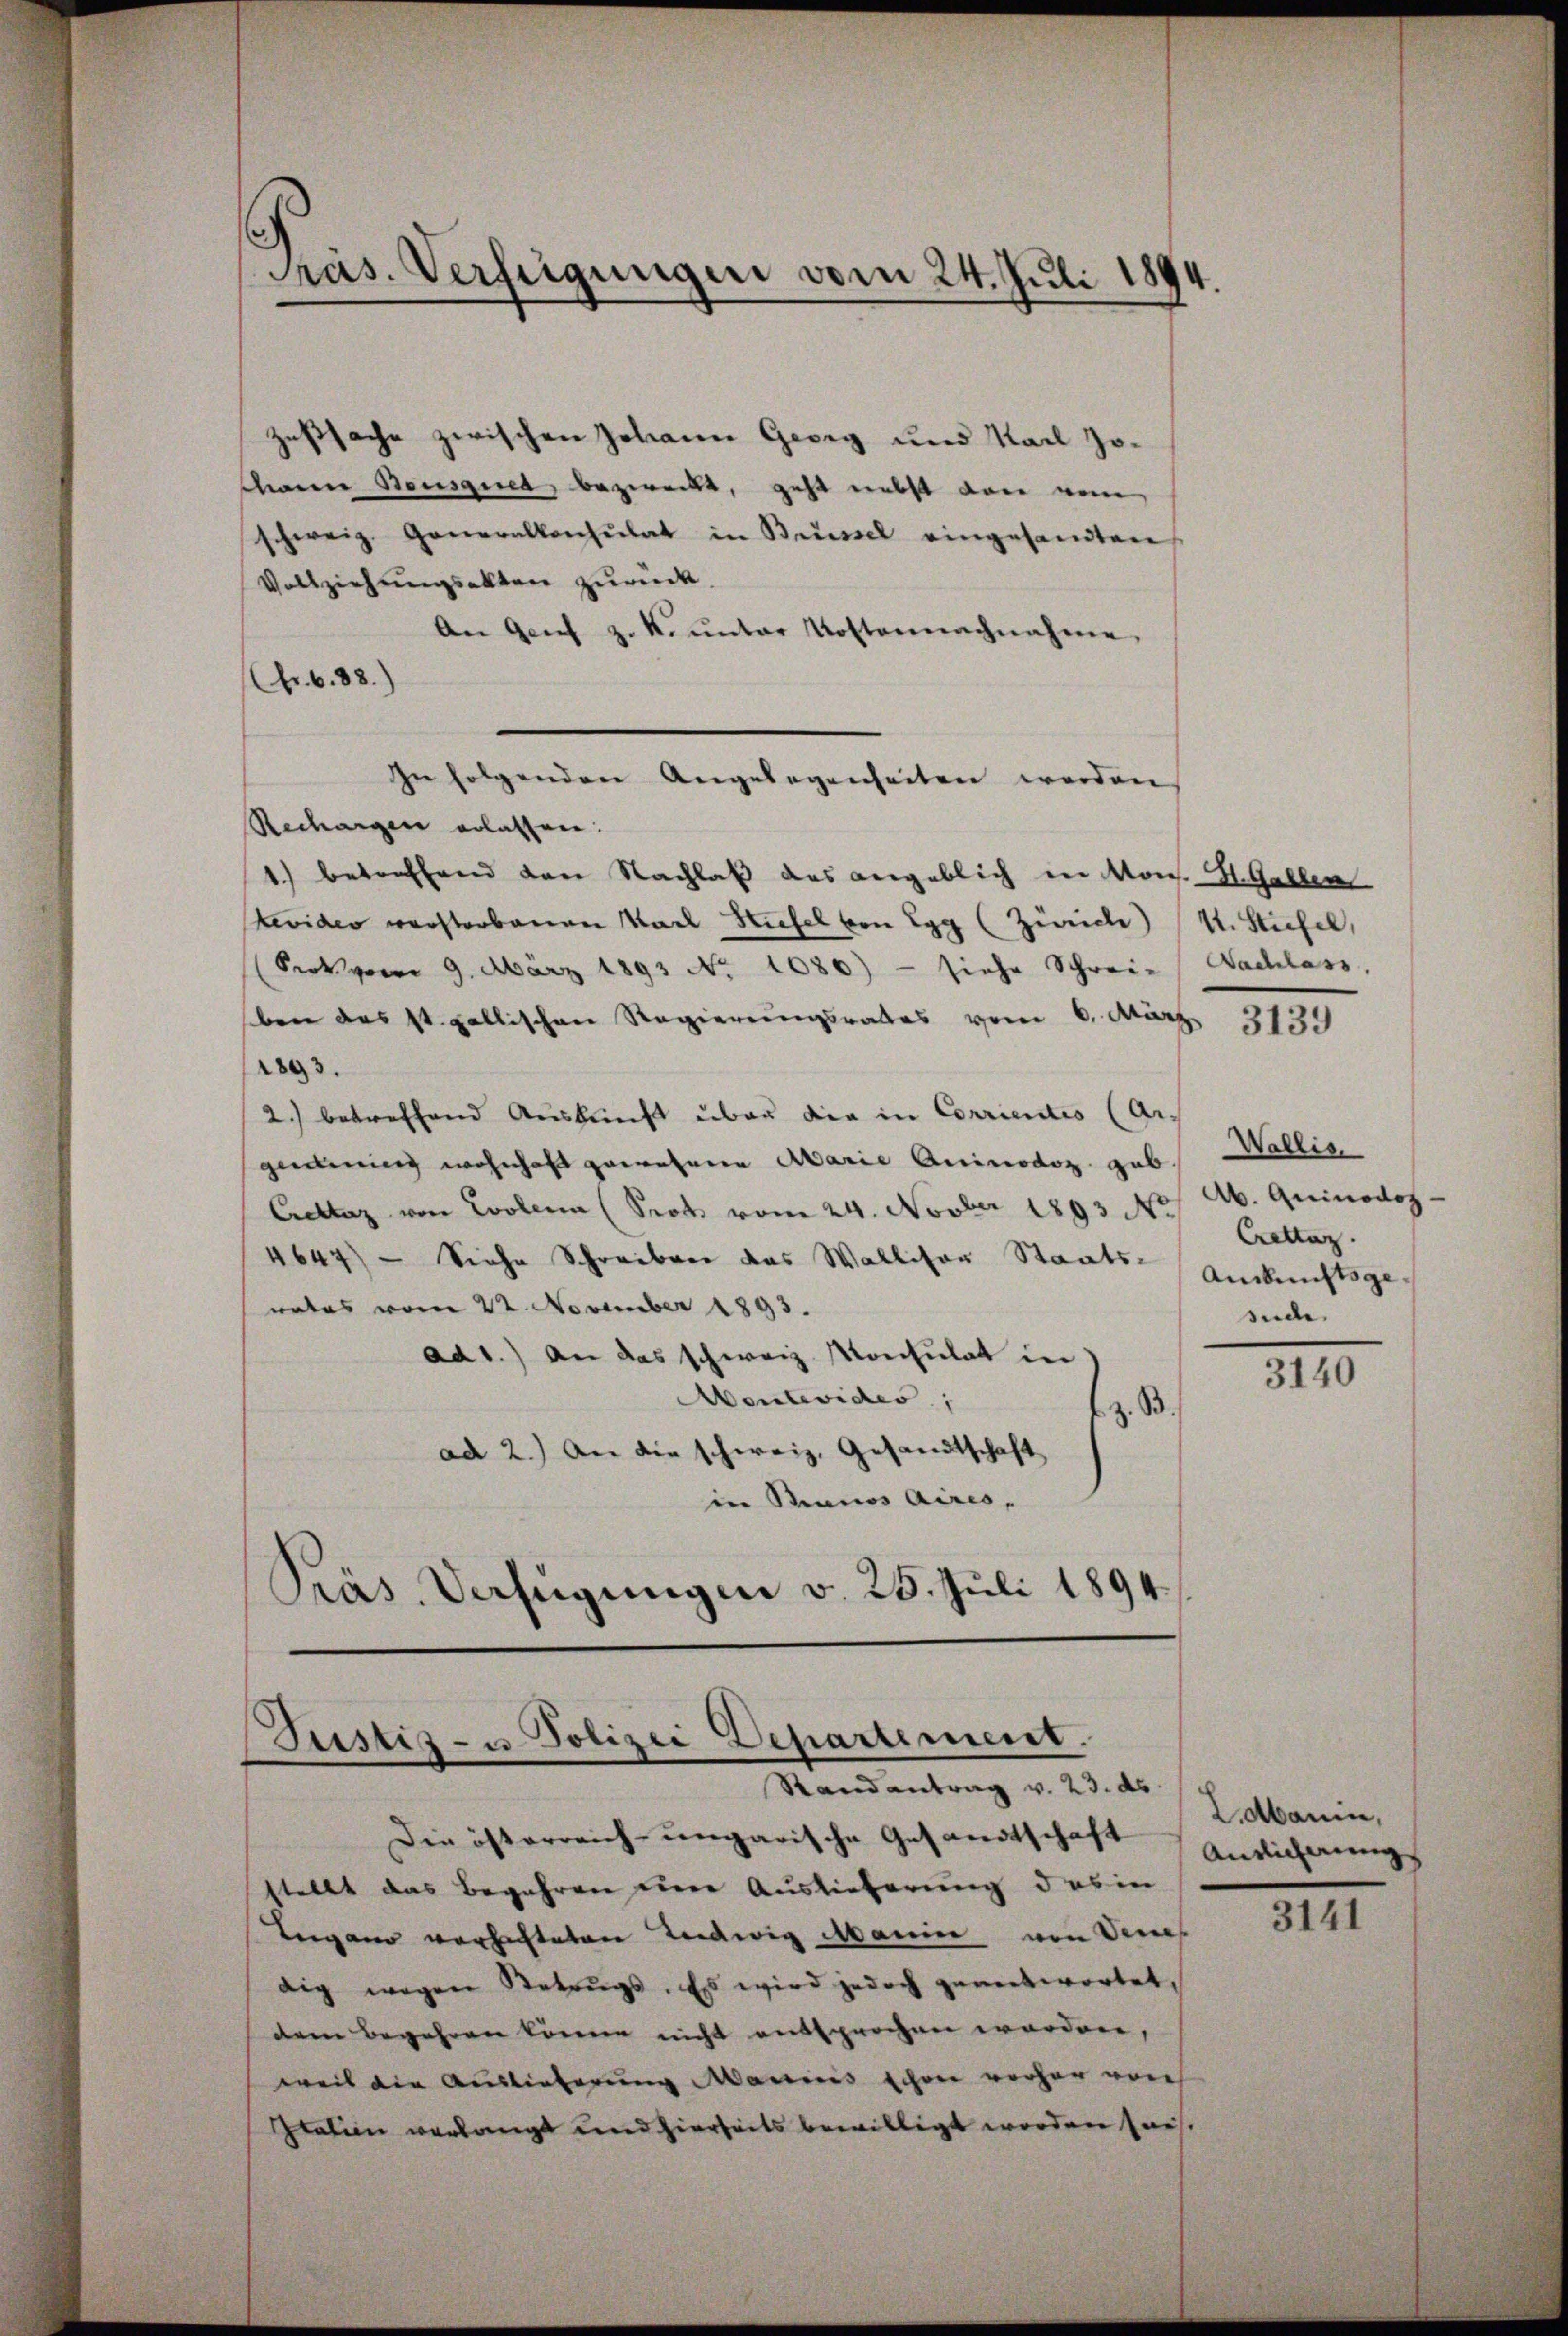
Präs. Verfügungen vom 24. Juli 1894.

zeßsache zwischen Johann Georg und Nach Jodann Reusner, bezweckt, geht nebst von nein
schweiz. Generalkonsulat in Brüssel eingesandten
Vollziehungsakten zurück,
An Genf z. K. ŭnter Kostennachnahme
(Fr. 6. 88.)
Rechargen erlassen.
1) betreffend den Nachlaß das angeblich in Mons. H. Gallen
Kevider warsterbauen Karl Stiefel von Egg (Zürich) 11. Stiefel,
(Srot vom 9. März 1893 No 1086) - siehe Schreie Nachlass,
ben das st. gallischen Regierungsrates vom 6. März
1893.
2.) betreffend Auskunft über die in Corrientio (Ar-
geinung wohnhaft gewehrere Marie Aninodoz gab
Celleg von Evolena (Prot vom 24. Novber 1893 M. A. Quinodoz
4647) — Siehe Schreiben das Walliser Staats-Auskunftsge
rates vom 22. November 1893.
ad1.) An das schweiz. Konsulat in
Aentevides,
B.
ad 2.) An die schweiz. Gesandtschaft
in Stranos Aires,
Präs. Verfügungen v. 25. Juli 1894.

In folgenden Angelegenheiten werden

Justiz- u. Polizei Departement.
Randantrag v. 23. ds.

Die österreich-ungarische Gesandtschaft Ansicherungs
stellt das Begehren einer Auslieferung des in
Beigano vorheiteten Leidwig Manin von dene
dig wegen Retrŭgs. Es wird jedoch geantwortet.
dem Begehren könne nicht entsprochen worden,
weil die Auslieferung Manns schon vorher von
Italien verlangt und hierheits bewilligt worden sass.

3139

Wallis
Crettag.
side

3140

2. Marin,

3141